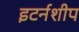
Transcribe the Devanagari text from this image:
इटर्नशीप